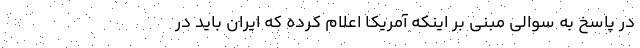
در پاسخ به سوالی مبنی بر اینکه آمریکا اعلام کرده که ایران باید در